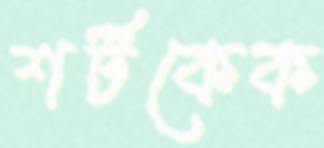
শর্টকেক